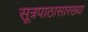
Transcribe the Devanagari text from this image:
सूत्रपाठासारख्या